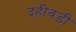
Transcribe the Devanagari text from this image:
दहीवडी